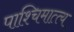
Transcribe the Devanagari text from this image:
पाश्चिमात्त्य